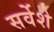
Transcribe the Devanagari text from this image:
सर्वेशे